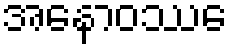
အနောဝဿေ